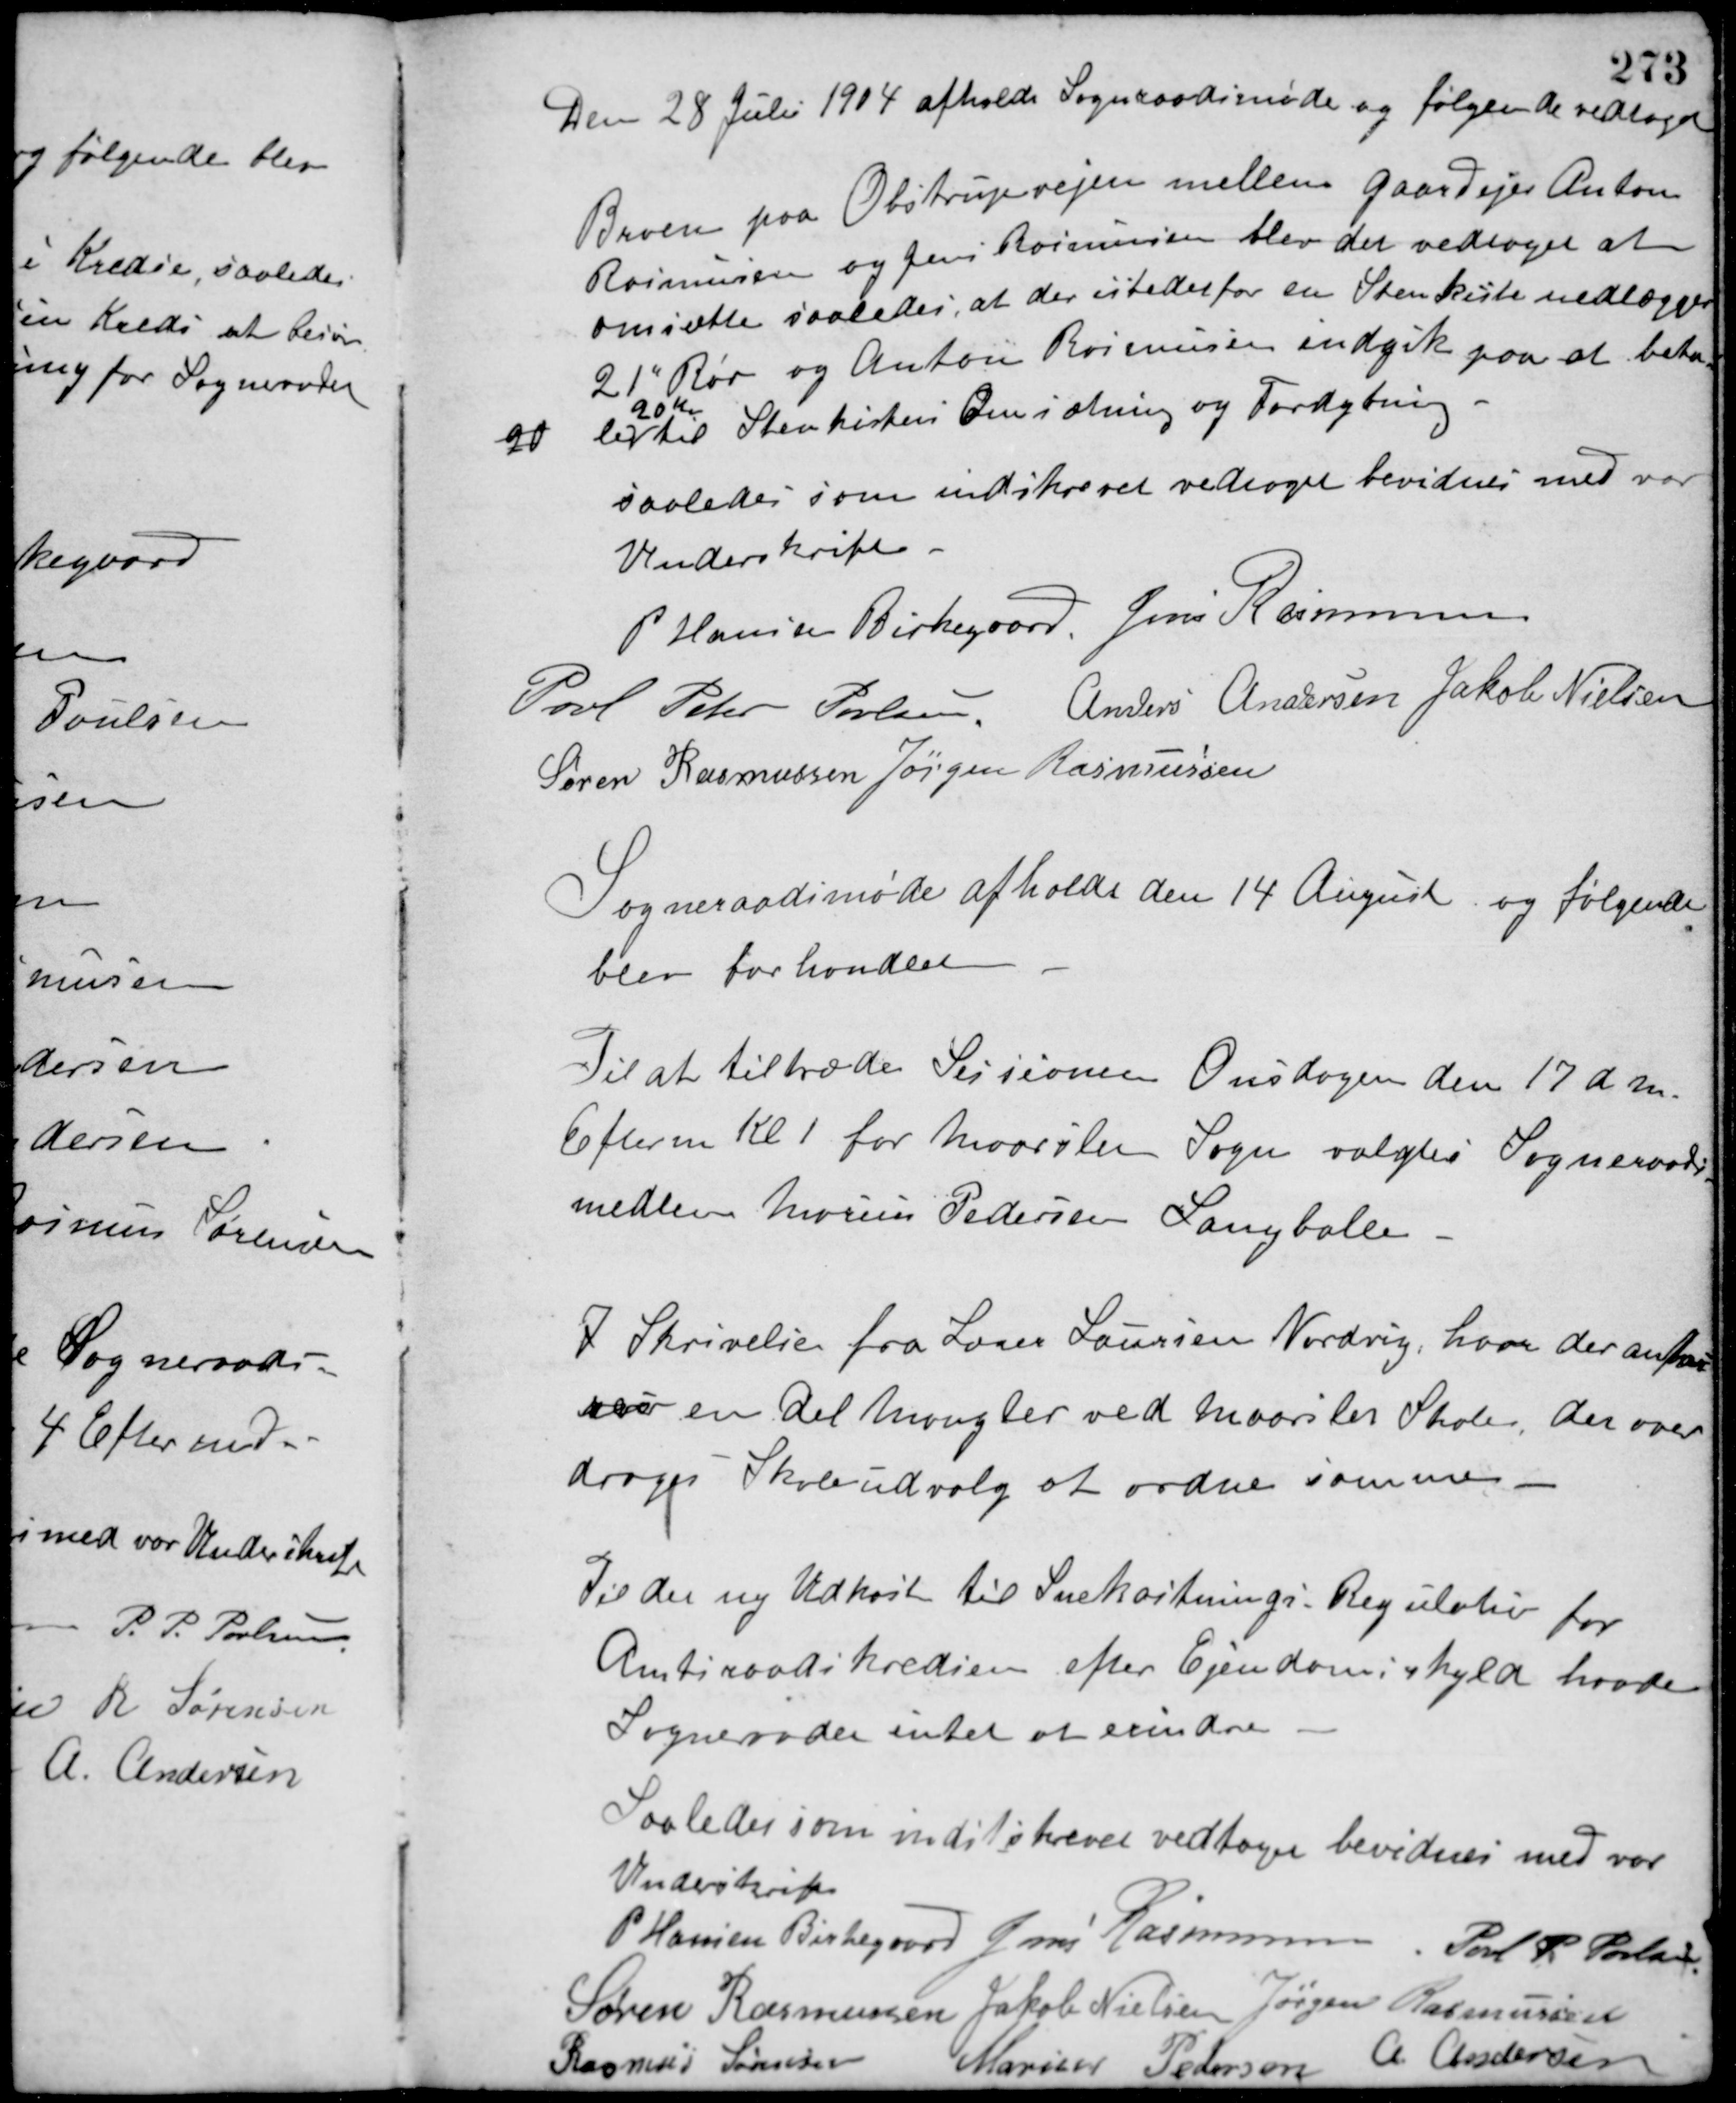
Transskription:
Den 28 Julii 1904 afholdt Sogneraadsmøde og følgende vedtaget
Broen paa Obstrupvejen mellem Gaardejer Anton
Rasmussen og Jens Rasmussen blev det vedtaget at
omsætte saaledes, at der istedet for en Stenkiste nedlægges
21" Rør og Anton Rasmussen indgik paa at beta-
20
le
20 Kr.
til Stenkistens Omsætning og Fordybning.
saaledes som indskrevet vedtaget bevidnes med vor
Underskrifter
P. Hansen Birkegaard Jens Rasmussen
Poul Peter Poulsen Anders Andersen Jakob Nielsen
Søren Rasmussen Jørgen Rasmussen
Sogneraadsmøde afholdt den 14 August og følgende
blev forhandlet.
Til at tiltræde Sessionen Onsdagen den 17 d. M.
Efterm. Kl. 1 for Maarslet Sogn valgtes Sogneraads-
medlem Marius Pedersen Langballe.
I Skrivelse fra Lærer Laursen Nordvig, hvor der anføres
var en del Mangler ved Maarslet Skole, der over-
droges Skoleudvalg at ordne samme.
Til det ny Udkast til Snekastnings Regulativ for
Amtsraadskredsen efter Ejendomsskyld havde
Sogneraadet intet at erindre.
Saaledes som indstkrevet vedtaget bevidnes med vor
Underskrift.
P. Hansen Birkegaard Jens Rasmussen Poul P. Poulsen
Søren Rasmussen Jakob Nielsen Jørgen Rasmussen
Rasmus Sørensen
Marius Pedersen A. Andersen